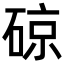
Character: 䃄